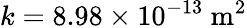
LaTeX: k=8.98\times 10^{-13}\ \mathrm{m}^{2}